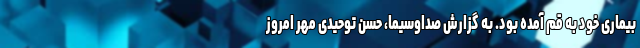
بیماری خود به قم آمده بود. به گزارش صداوسیما، حسن توحیدی مهر امروز